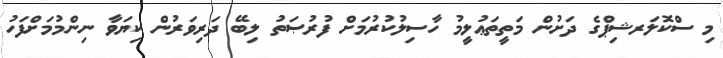
މި ސްކޮލަރޝިޕްގެ ދަށުން މަތީތަޢުލީމު ހާސިލުކުރުމަށް ފުރުޞަތު ލިބޭ ދަރިވަރުން ކިޔަވާ ނިންމުމަށްފަހު